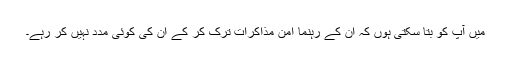
میں آپ کو بتا سکتی ہوں کہ ان کے رہنما امن مذاکرات ترک کر کے ان کی کوئی مدد نہیں کر رہے۔